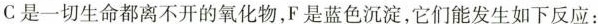
C是一切生命都离不开的氧化物，F是蓝色沉淀，它们能发生如下反应：